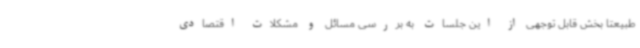
طبیعتا بخش قابل توجهی از این جلسات به بررسی مسائل و مشکلات اقتصادی